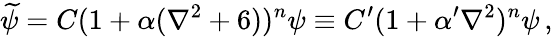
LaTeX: \widetilde{\psi}=C(1+\alpha(\nabla^{2}+6))^{n}\psi\equiv C^{\prime}(1+\alpha^{\prime}\nabla^{2})^{n}\psi\, ,